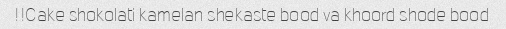
Cake shokolati kamelan shekaste bood va khoord shode bood!!